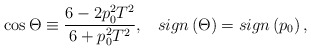
\begin{align*}\cos \Theta \equiv \frac{6-2p_0^2T^2}{6+p_0^2T^2},\;\;\;sign\left( \Theta\right) =sign\left( p_0\right) , \end{align*}